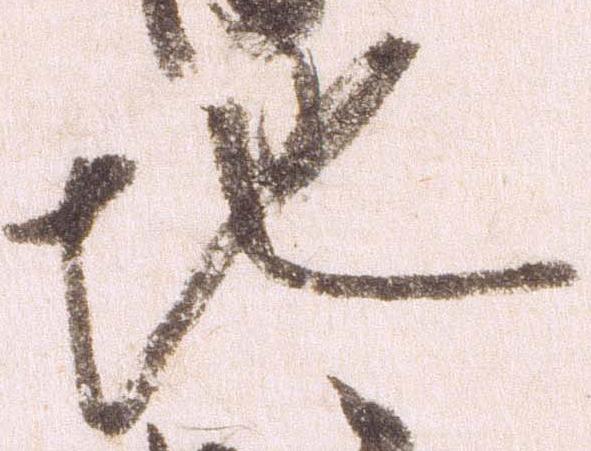
地